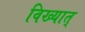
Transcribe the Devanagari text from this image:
विख्यात्